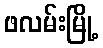
ဖလမ်းမြို့